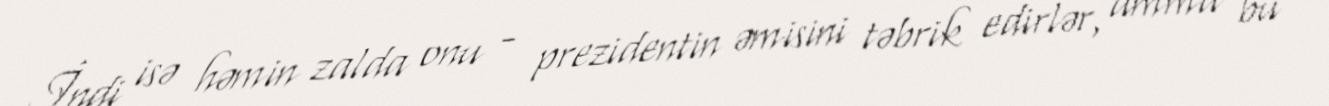
İndi isə həmin zalda onu - prezidentin əmisini təbrik edirlər, amma bu